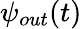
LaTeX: \psi_{out}(\textit{t})